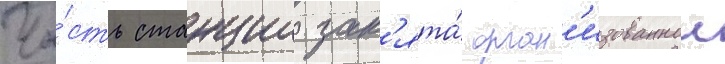
Ча́сть станции зан'ята́ орган'изованнои